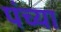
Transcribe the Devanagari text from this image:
पंच्या